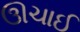
ઊચાઈ